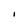
Character: I